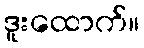
ဒူးထောက်။